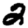
Digit: 2